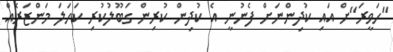
"ހަވީރަ"ށް އައި ކުދިންނަށް ފެނުނީ އެ ކުދިން ކުރިން ގަބޫލުކުރި ކަހަލަ މަންޒަރެއް